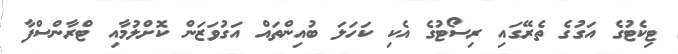
ޓިކެޓުގެ އަގުގެ ތެރޭގައި ރިސޯޓުގެ އެކި ކަހަލަ ބުއިންތައް އަގުވަޒަން ކޮށްލުމާއި ޓްރާންސްފާ